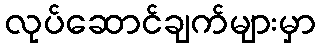
လုပ်ဆောင်ချက်များမှာ